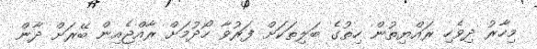
މިހާރު ދިވެހި ރައްޔިތުން ހިތުގެ ބަލިތަކަށް ފަރުވާ ހޯދުމަށް ރާއްޖެއިން ބޭރަށް ދާން